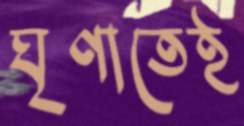
ঘৃণাতেই